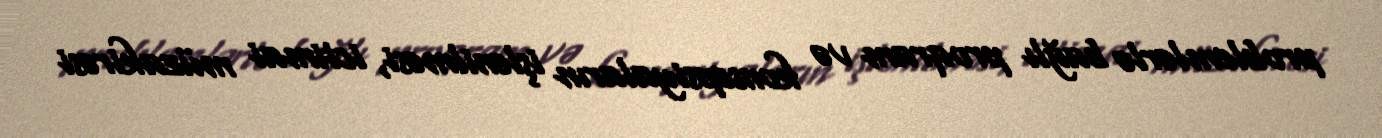
problemlərlə bağlı proqram və konsepsiyaların işlənilməsi, ictimai müzakirəsi